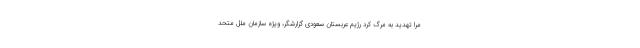
مرا تهدید به مرگ کرد رژیم عربستان سعودی گزارشگر، ویژه سازمان ملل متحد